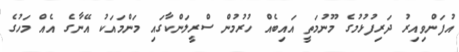
އުފަންވިއިރު ދަރިފުޅުމުގެ މޫނުމަތީ އައިބެއް ހުރުމުން ސްރީލަންކާގައި މަންމައަކު އޭނާގެ އެއް މަހުގެ